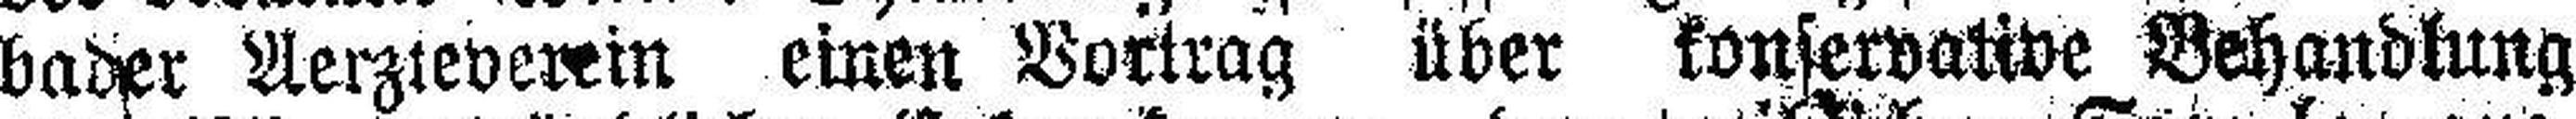
bader Aerzteverein einen Vortrag über konservative Behandlung